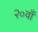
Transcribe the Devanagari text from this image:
२०वाँ